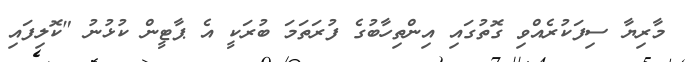
މާރިޔާ ސިފަކުރެއްވި ގޮތުގައި އިންތިހާބުގެ ފުރަތަމަ ބުރަކީ އެ ޕާޓީން ކުޅުނު "ކޮލިފައި